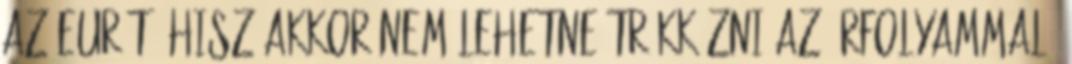
az eurót, hisz akkor nem lehetne trükközni az árfolyammal,